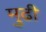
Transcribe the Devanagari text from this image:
मुढी